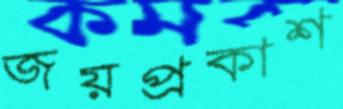
জয়প্রকাশ